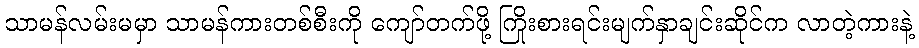
သာမန်လမ်းမမှာ သာမန်ကားတစ်စီးကို ကျော်တက်ဖို့ ကြိုးစားရင်းမျက်နှာချင်းဆိုင်က လာတဲ့ကားနဲ့